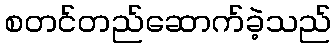
စတင်တည်ဆောက်ခဲ့သည်